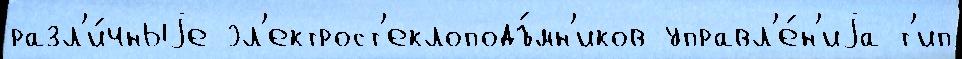
разл'и́чныjе эл'ектрост'еклоподъ́мн'иков управл'е́н'иjа т'ип